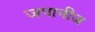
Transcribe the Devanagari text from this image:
जपानीज